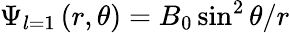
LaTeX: \Psi_{l=1}\left(r,\theta\right)=B_{0}\sin^{2}\theta/r